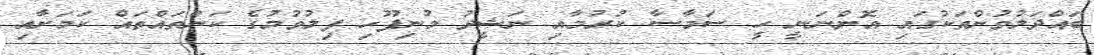
ބައްދަލުވުންތަކުގައި އޮންނަނީ ހީ ސަމާސާ ކުރުމާއި ނަޝީދު މުނިފޫހި ފިލުވުމުގެ ކަންތައްތައް ކަމަށާއި